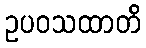
ဥပဝသထာတိ